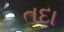
તદા